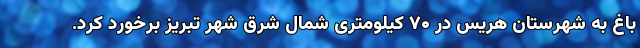
باغ به شهرستان هریس در ۷۰ کیلومتری شمال شرق شهر تبریز برخورد کرد.